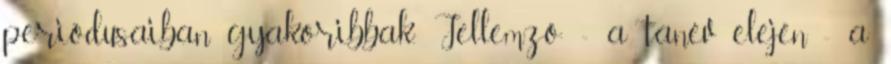
periódusaiban gyakoribbak. Jellemző: - a tanév elején - a